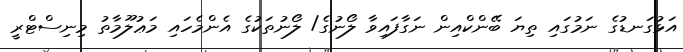
އަޅުގަނޑުގެ ނަމުގައި ތިޔަ ބޭންކްއިން ނަގާފައިވާ ލޯނުގެ/ ލޯނުތަކުގެ އެންމެހައި މަޢުލޫމާތު މިނިސްޓްރީ